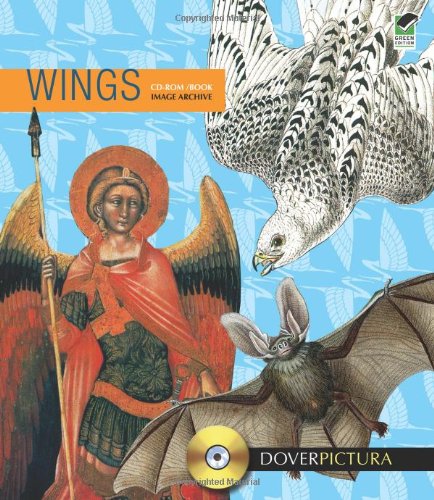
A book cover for Wings (Dover Pictura Electronic Clip Art); Alan Weller; Reference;